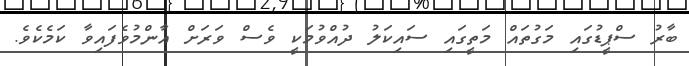
ބާރު ސްޕީޑުގައި މަގުތައް މަތީގައި ސައިކަލު ދުއްވުމަކީ ވެސް ވަރަށް އާންމުވެފައިވާ ކަމެކެވެ.